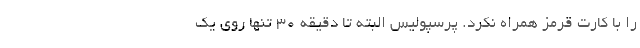
را با کارت قرمز همراه نکرد. پرسپولیس البته تا دقیقه 30 تنها روی یک